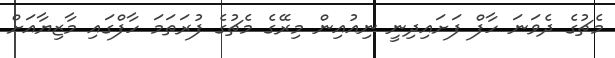
މެޗުގެ ދެވަނަ ހާފް ފަށައިދިނީ ނިއުއިން މިރޭގެ މެޗުގެ ފުރަތަމަ ހާފްގައި މާޒިޔާއަށް